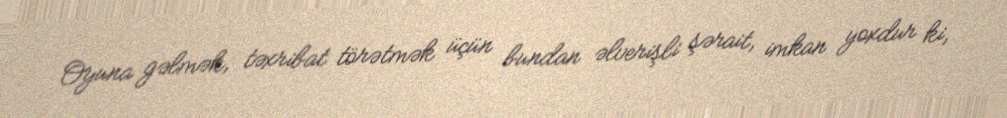
Oyuna gəlmək, təxribat törətmək üçün bundan əlverişli şərait, imkan yoxdur ki,